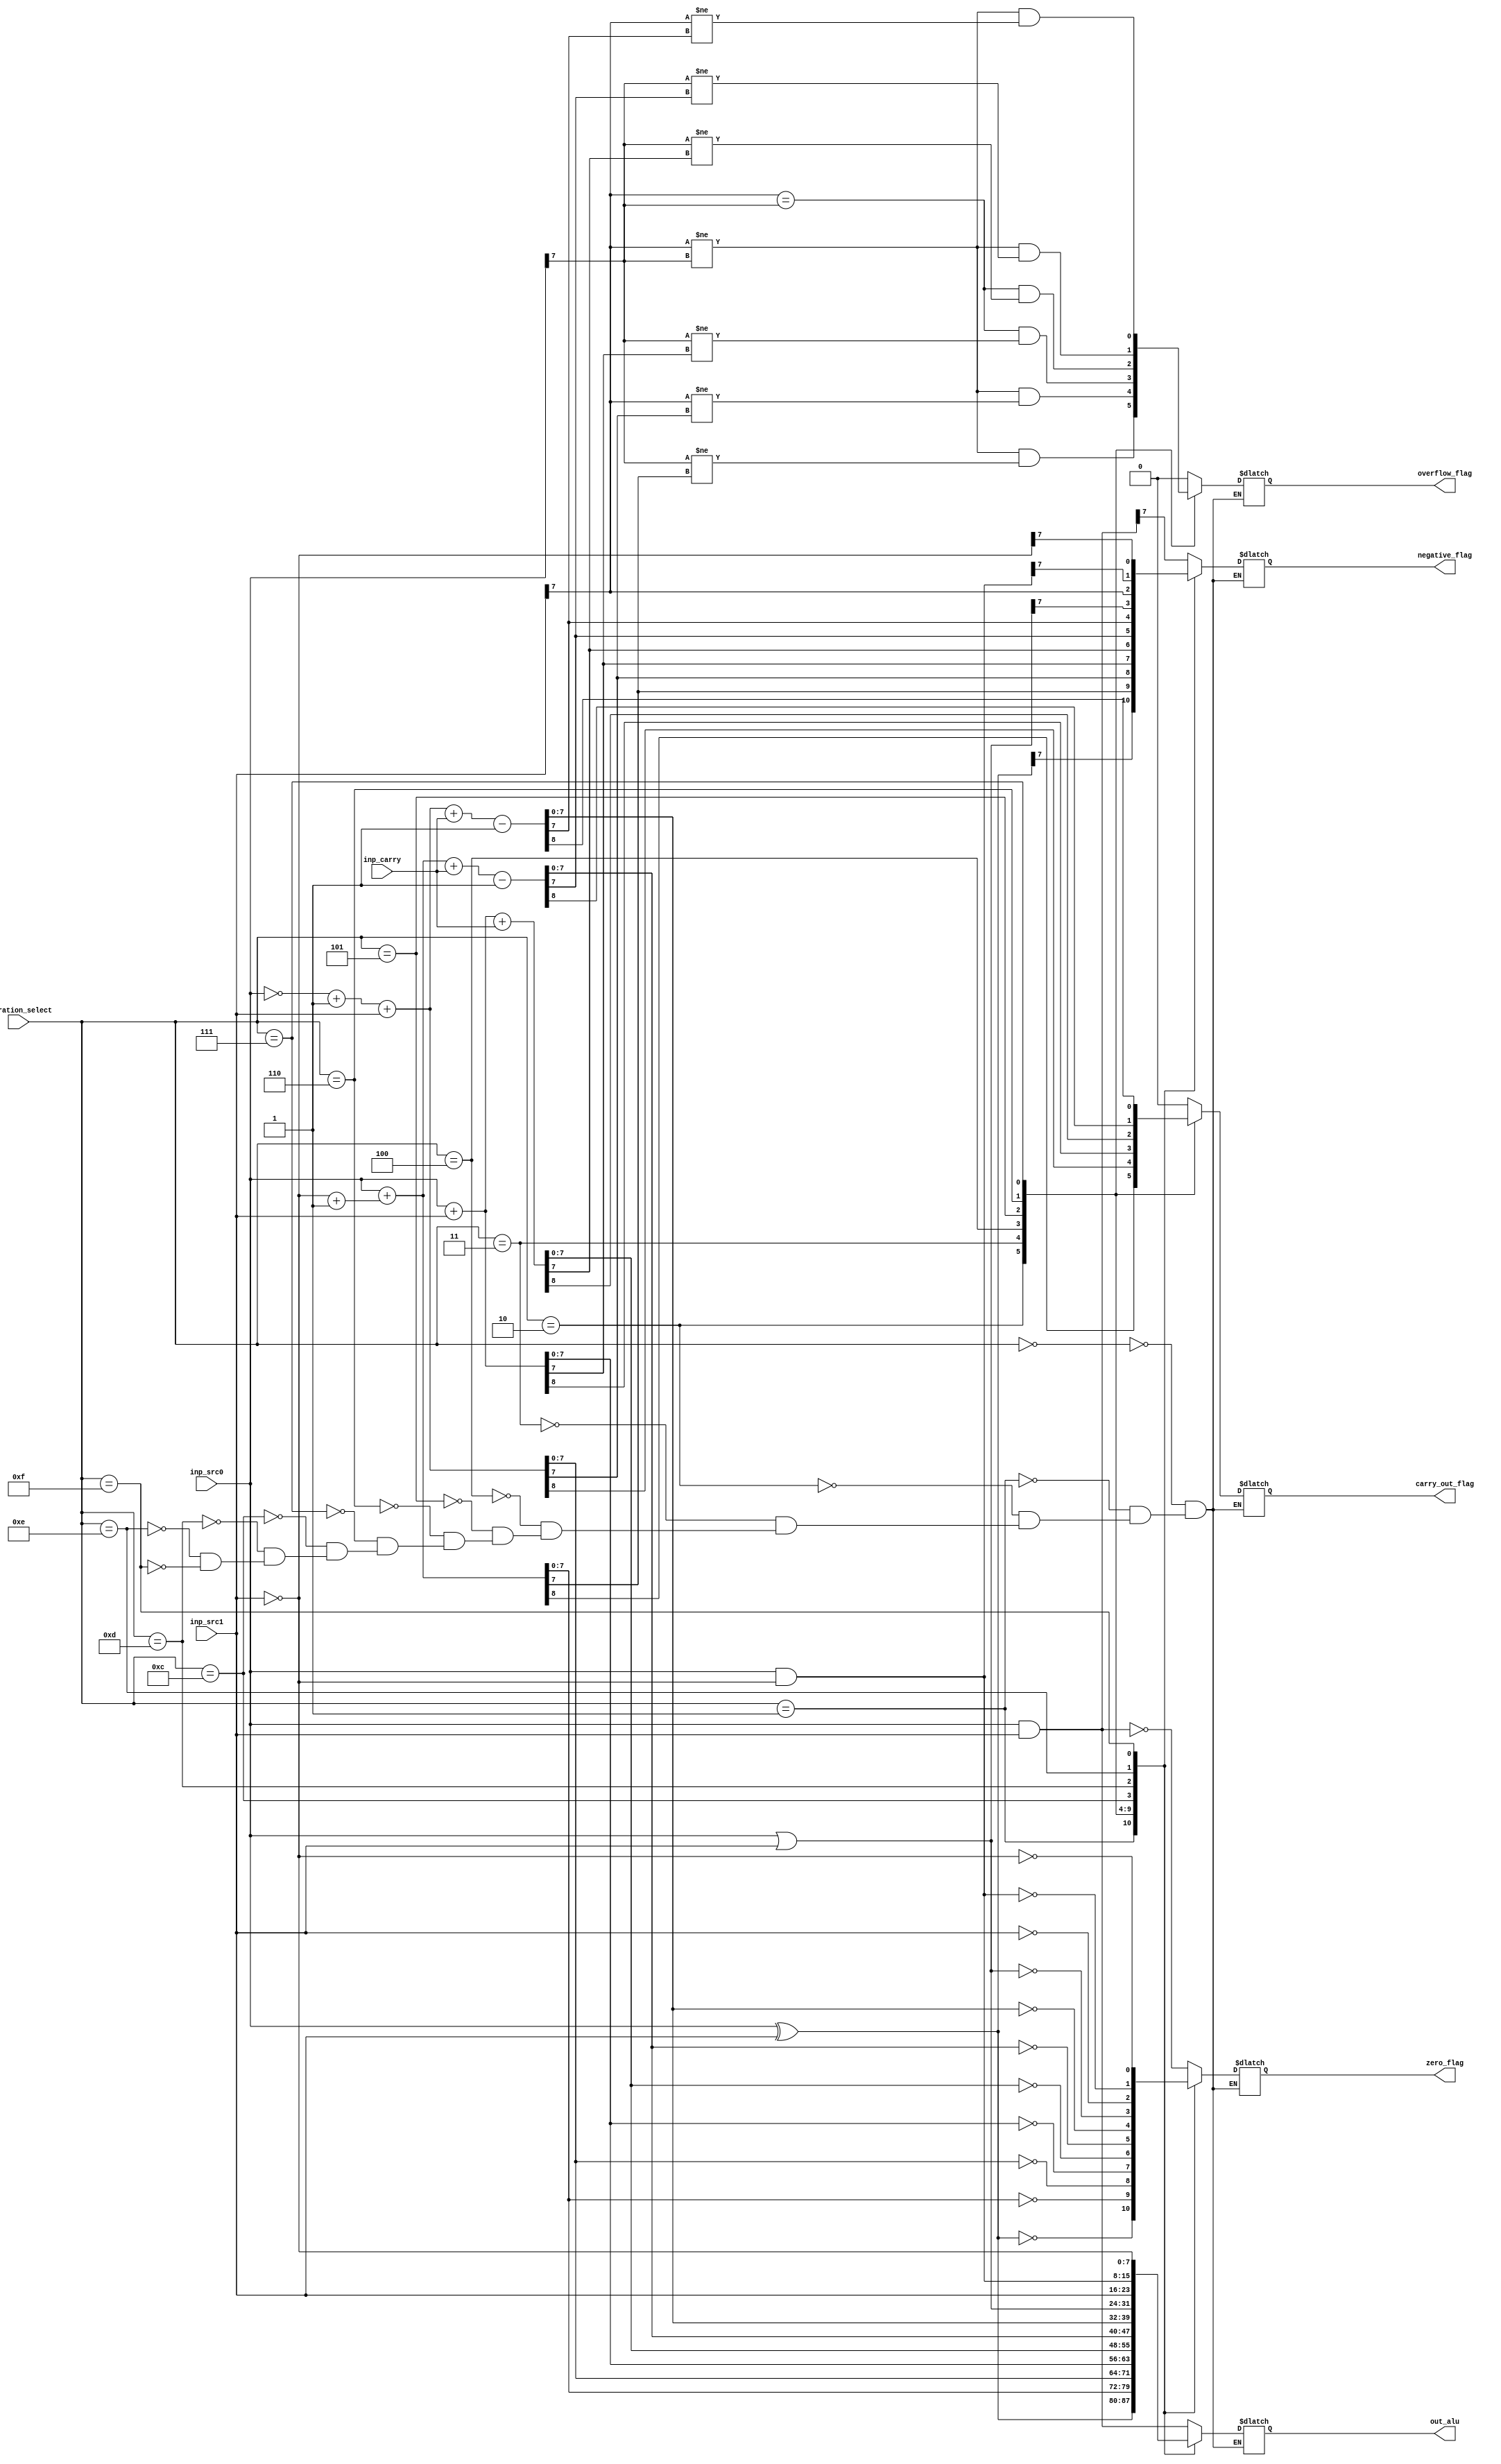
module ALU #(parameter W=8)
	(
	input [W-1:0] inp_src0, 
	input [W-1:0] inp_src1, 
	input [3:0] operation_select, 
	input [0:0] inp_carry,
	output reg [W-1:0] out_alu,
	output reg [0:0] carry_out_flag,
	output reg [0:0] overflow_flag,
	output reg [0:0] negative_flag,
	output reg [0:0] zero_flag
	);
	
	reg [W-1:0] inp_src0_1complement;
	reg [W-1:0] inp_src1_1complement;
	
	reg [W-1:0] inp_src0_2complement;
	reg [W-1:0] inp_src1_2complement;
  
  
	function [0:0] out_alu_is_zero (input [W-1:0] alu_result);
		out_alu_is_zero = (alu_result == 0);
	endfunction


	function [0:0] out_alu_is_negative (input [W-1:0] alu_result);
		out_alu_is_negative = (alu_result[W-1] == 1);
	endfunction
	  
	 
	always @(*)
	begin
		inp_src0_1complement = ~inp_src0;
		inp_src1_1complement = ~inp_src1;
		
		inp_src0_2complement = ~inp_src0 + 1;
		inp_src1_2complement = ~inp_src1 + 1;
		
		case (operation_select)
			4'd0: // AND
				begin 
					out_alu = inp_src0 & inp_src1;
					carry_out_flag = 0;
					overflow_flag = 0;
					zero_flag = out_alu_is_zero(out_alu); 
					negative_flag = out_alu_is_negative(out_alu);
				end
			4'd1: // XOR
				begin 
					out_alu = inp_src0 ^ inp_src1;
					carry_out_flag = 0;
					overflow_flag = 0;
					zero_flag = out_alu_is_zero(out_alu); 
					negative_flag = out_alu_is_negative(out_alu);
				end
			4'd2: // SUBSTRACTION A-B ? 
				begin 
					
					{carry_out_flag, out_alu} = inp_src0 + inp_src1_2complement;
					overflow_flag = ((inp_src1[W-1] != inp_src0[W-1]) && (inp_src0[W-1] != out_alu[W-1]));
					zero_flag = out_alu_is_zero(out_alu); 
					negative_flag = out_alu_is_negative(out_alu);
				end
			4'd3:  // SUBSTRACTION B-A ? 
				begin 
					{carry_out_flag, out_alu} = inp_src0_2complement + inp_src1;
					overflow_flag = ((inp_src1[W-1] != inp_src0[W-1]) && (inp_src1[W-1] != out_alu[W-1]));
					zero_flag = out_alu_is_zero(out_alu); 
					negative_flag = out_alu_is_negative(out_alu);
				end
			4'd4: // ADDITION A+B
				begin 
					{carry_out_flag, out_alu}  = inp_src0 + inp_src1;
					overflow_flag = ((inp_src1[W-1] == inp_src0[W-1]) && (inp_src0[W-1] != out_alu[W-1]));
					zero_flag = out_alu_is_zero(out_alu); 
					negative_flag = out_alu_is_negative(out_alu);
				end
			4'd5: // ADDITION A+B+CARRY
				begin 
					{carry_out_flag, out_alu}  = inp_src0 + inp_src1 + inp_carry;
					overflow_flag = ((inp_src1[W-1] == inp_src0[W-1]) && (inp_src0[W-1] != out_alu[W-1]));
					zero_flag = out_alu_is_zero(out_alu); 
					negative_flag = out_alu_is_negative(out_alu);
				end
			4'd6: // SUBSTRACTION A-B+CARRY-1 ?
				begin 
					{carry_out_flag, out_alu}  = inp_src0 + inp_src1_2complement + inp_carry - 1;
					overflow_flag = ((inp_src1[W-1] != inp_src0[W-1]) && (inp_src0[W-1] != out_alu[W-1]));
					zero_flag = out_alu_is_zero(out_alu); 
					negative_flag = out_alu_is_negative(out_alu);
				end
			4'd7: // SUBSTRACTION B-A+CARRY-1 ?
				begin 
					{carry_out_flag, out_alu}  = inp_src0_2complement + inp_src1 + inp_carry - 1;
					overflow_flag = ((inp_src1[W-1] != inp_src0[W-1]) && (inp_src1[W-1] != out_alu[W-1]));
					zero_flag = out_alu_is_zero(out_alu); 
					negative_flag = out_alu_is_negative(out_alu);
				end
			4'd12: // ORR
				begin 
					out_alu = inp_src0 | inp_src1;
					carry_out_flag = 0;
					overflow_flag = 0;
					zero_flag = out_alu_is_zero(out_alu); 
					negative_flag = out_alu_is_negative(out_alu);
				end
			4'd13: // MOVE
				begin 
					out_alu = inp_src1;
					carry_out_flag = 0;
					overflow_flag = 0;
					zero_flag = out_alu_is_zero(out_alu); 
					negative_flag = out_alu_is_negative(out_alu);
				end
			4'd14: // BIT CLEAR
				begin 
					out_alu = inp_src0 & (~inp_src1);
					carry_out_flag = 0;
					overflow_flag = 0;
					zero_flag = out_alu_is_zero(out_alu); 
					negative_flag = out_alu_is_negative(out_alu);
				end
			4'd15: // MOVE NOT
				begin 
					out_alu = ~inp_src1; 
					carry_out_flag = 0;
					overflow_flag = 0;
					zero_flag = out_alu_is_zero(out_alu); 
					negative_flag = out_alu_is_negative(out_alu);
				end
		endcase
	end

endmodule